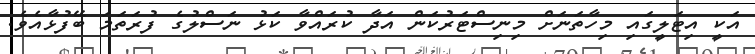
އަކީ އިޓަލީގައި މިހާތަނަށް މިނިސްޓަރުކަން އަދާ ކުރައްވާ ކަޅު ނަސްލުގެ ފުރަތަމަ ބޭފުޅާއެވެ.